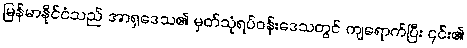
မြန်မာနိုင်ငံသည် အာရှဒေသ၏ မှတ်သုံရပ်ဝန်းဒေသတွင် ကျရောက်ပြီး ၎င်း၏